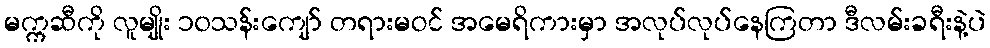
မက္ကဆီကို လူမျိုး ၁၀သန်းကျော် တရားမဝင် အမေရိကားမှာ အလုပ်လုပ်နေကြတာ ဒီလမ်းခရီးနဲ့ပဲ